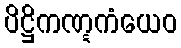
ပိဋ္ဌိကဏ္ဋကံယေဝ